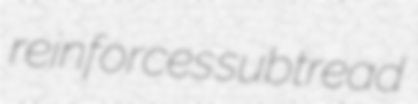
reinforces subtread